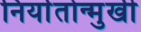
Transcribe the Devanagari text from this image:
निर्यातोन्मुखी